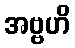
အဗ္ဗဟိ